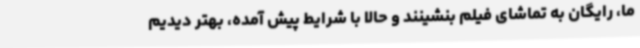
ما، رایگان به تماشای فیلم بنشینند و حالا با شرایط پیش آمده، بهتر دیدیم